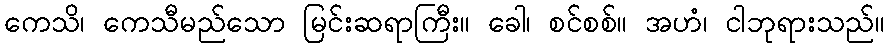
ကေသိ၊ ကေသီမည်သော မြင်းဆရာကြီး။ ခေါ၊ စင်စစ်။ အဟံ၊ ငါဘုရားသည်။